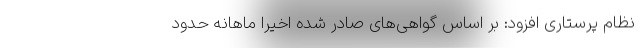
نظام پرستاری افزود: بر اساس گواهی‌های صادر شده اخیراً ماهانه حدود